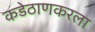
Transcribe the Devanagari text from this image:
कडेठाणकरला